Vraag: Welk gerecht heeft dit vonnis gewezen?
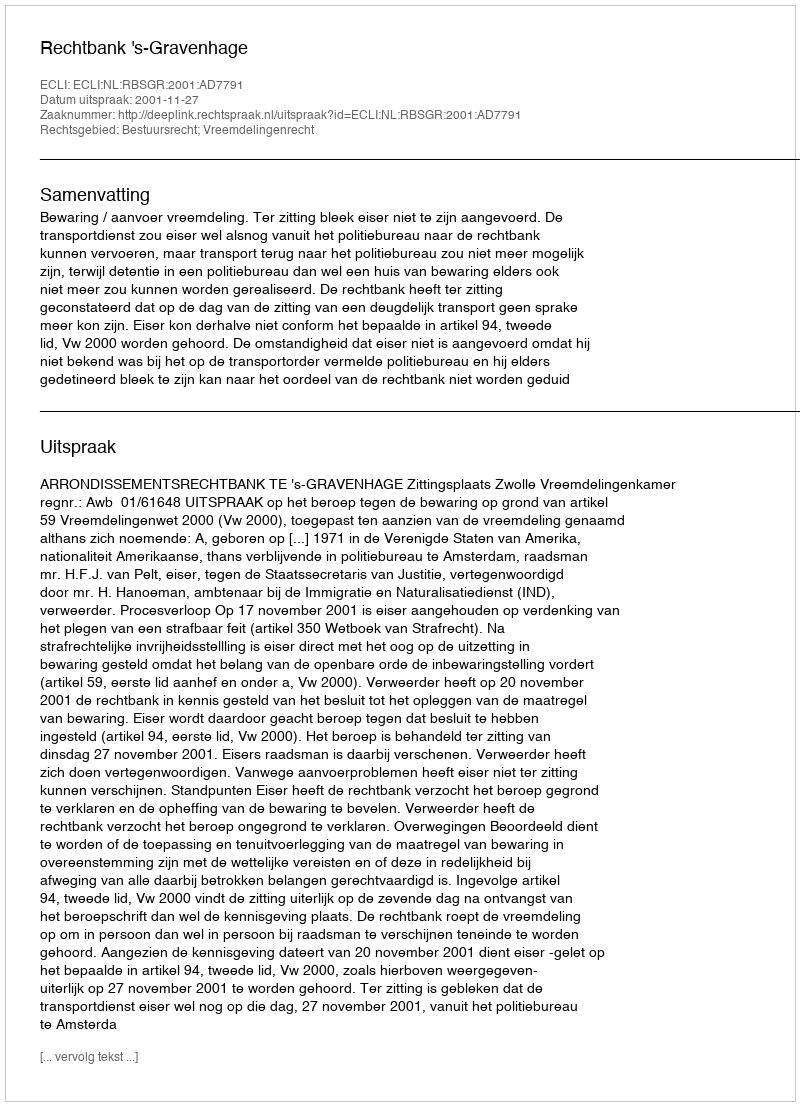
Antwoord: Rechtbank 's-Gravenhage